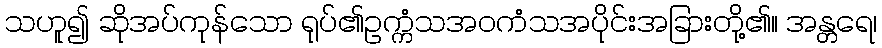
သဟူ၍ ဆိုအပ်ကုန်သော ရုပ်၏ဥက္ကံသအဝကံသအပိုင်းအခြားတို့၏။ အန္တရေ၊